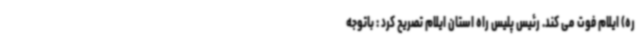
ره) ایلام فوت می کند. رئیس پلیس راه استان ایلام تصریح کرد : باتوجه